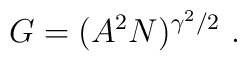
G = (A^2 N)^{\gamma^2/2} \ .